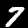
Label: 7